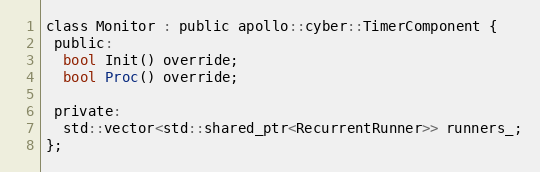
Language: C
class Monitor : public apollo::cyber::TimerComponent {
 public:
  bool Init() override;
  bool Proc() override;

 private:
  std::vector<std::shared_ptr<RecurrentRunner>> runners_;
};